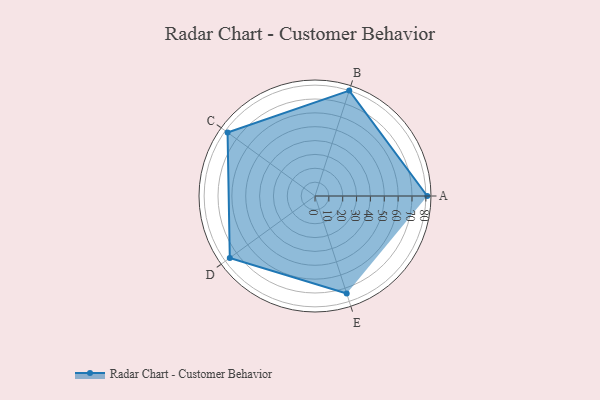
{"axis": {"x": "Skill", "y": "Score"}, "legend": ["Profile"], "data": [{"x": "A", "y": 81.0, "type": "Profile"}, {"x": "B", "y": 80.0, "type": "Profile"}, {"x": "C", "y": 78.0, "type": "Profile"}, {"x": "D", "y": 76.0, "type": "Profile"}, {"x": "E", "y": 74.0, "type": "Profile"}]}